Assam Mental Hospital (Tezpur, India) - 1933-1948
Year: 1933
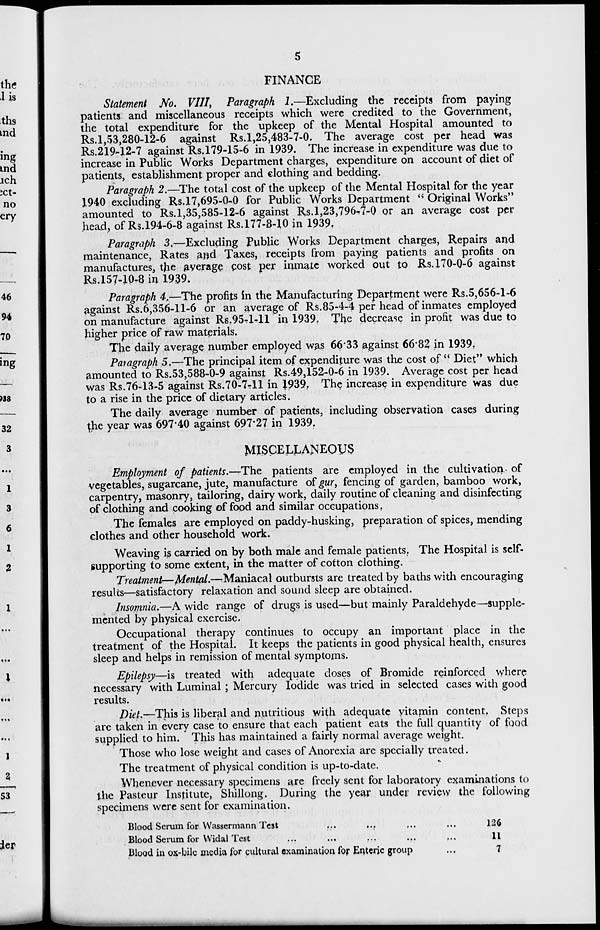
5
FINANCE
Statement No. VIII, Paragraph 1.—Excluding the receipts from paying
patients and miscellaneous receipts which were credited to the Government,
the total expenditure for the upkeep of the Mental Hospital amounted to
Rs.1,53,280-12-6 against Rs.1,25,483-7-0. The average cost per head was
Rs.219-12-7 against Rs. 179-15-6 in 1939. The increase in expenditure was due to
increase in Public Works Department charges, expenditure on account of diet of
patients, establishment proper and clothing and bedding.
Paragraph 2.—The total cost of the upkeep of the Mental Hospital for the year
1940 excluding Rs.17,695-0-0 for Public Works Department " Original Works"
amounted to Rs.1,35,585-12-6 against Rs. 1,23,796-7-0 or an average cost per
head , of Rs.194-6-8 against Rs.177-8-10 in 1939.
Paragraph 3.—Excluding Public Works Department charges, Repairs and
maintenance, Rates and Taxes, receipts from paying patients and profits on
manufactures, the average cost per inmate worked out to Rs. 170-0-6 against
Rs.157-10-8 in 1939.
Paragraph 4.—The profits in the Manufacturing Department were Rs.5,656-1-6
against Rs.6,356-11-6 or an average of Rs.85-4-4 per head of inmates employed
on manufacture against Rs. 95-1-11 in 1939. The decrease in profit was due to
higher price of raw materials.
The daily average number employed was 66.33 against 66.82 in 1939.
Paragraph 5.—The principal item of expenditure was the cost of " Diet" which
amounted to Rs.53,588-0-9 against Rs.49,152-0-6 in 1939. Average cost per head
was Rs.76-13-5 against Rs.70-7-11 in 1939. The increase in expenditure was due
to a rise in the price of dietary articles.
The daily average number of patients, including observation cases during
the year was 697.40 against 697.27 in 1939.
MISCELLANEOUS
Employment of patients.—The patients are employed in the cultivation of
vegetables, sugarcane, jute, manufacture of gur, fencing of garden, bamboo work,
carpentry, masonry, tailoring, dairy work, daily routine of cleaning and disinfecting
of clothing and cooking of food and similar occupations,
The females are employed on paddy-husking, preparation of spices, mending
clothes and other household work.
Weaving is carried on by both male and female patients. The Hospital is self-
supporting to some extent, in the matter of cotton clothing.
Treatment—Mental.—Maniacal outbursts are treated by baths with encouraging
results—satisfactory relaxation and sound sleep are obtained.
Insomnia.—A wide range of drugs is used—but mainly Paraldehyde—supple-
mented by physical exercise.
Occupational therapy continues to occupy an important place in the
treatment of the Hospital. It keeps the patients in good physical health, ensures
sleep and helps in remission of mental symptoms.
Epilepsy—is treated with adequate doses of Bromide reinforced where
necessary with Luminal; Mercury Iodide was tried in selected cases with good
results.
Diet.—This is liberal and nutritious with adequate vitamin content. Steps
arc taken in every case to ensure that each patient eats the full quantity of food
supplied to him. This has maintained a fairly normal average weight.
Those who lose weight and cases of Anorexia are specially treated.
The treatment of physical condition is up-to-date.
Whenever necessary specimens are freely sent for laboratory examinations to
the Pasteur Institute, Shillong. During the year under review the following
specimens were sent for examination.
Blood Serum for Wassermann Test ... ... ... ...
Blood Serum for Widal Test ... ... ... ... ...
Blood in ox-bile media for cultural examination for Enteric group ...
126
11
7